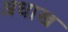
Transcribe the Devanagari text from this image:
अधाख